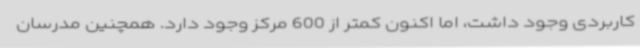
کاربردی وجود داشت، اما اکنون کمتر از 600 مرکز وجود دارد. همچنین مدرسان